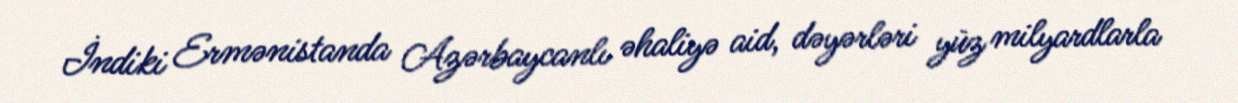
İndiki Ermənistanda Azərbaycanlı əhaliyə aid, dəyərləri yüz milyardlarla